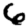
Digit: 6